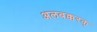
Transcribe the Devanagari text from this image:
अलबक्करक्